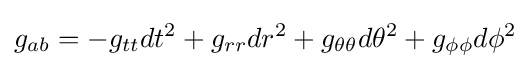
g_{ab}=-g_{tt}dt^{2}+g_{rr}dr^{2}+g_{\theta \theta }d\theta ^{2}+g_{\phi \phi }d\phi ^{2}